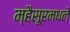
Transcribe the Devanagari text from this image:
म्हैसूरमधले